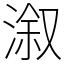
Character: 溆